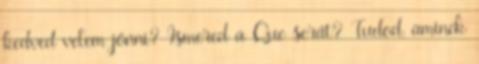
kedved velem jönni? Ismered a Que serát? Tudod, aminek